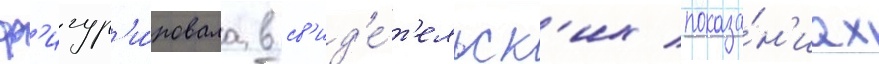
ф'игур'и́ровала в св'ид'е́т'ельск'их показа́н'иах